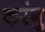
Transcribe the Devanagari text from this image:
करंगु